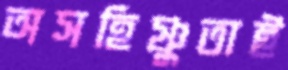
অসহিষ্ণুতাই